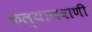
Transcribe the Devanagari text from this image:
कल्याणवाणी